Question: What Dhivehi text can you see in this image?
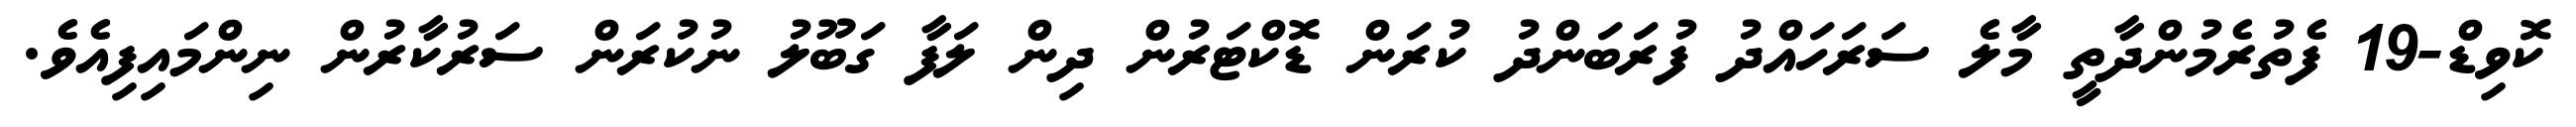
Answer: ކޮވިޑް-19 ފެތުރެމުންދާތީ މާލެ ސަރަހައްދު ފުރަބަންދު ކުރަން ޑޮކްޓަރުން ދިން ލަފާ ގަބޫލު ނުކުރަން ސަރުކާރުން ނިންމައިފިއެވެ.